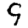
Digit: 9